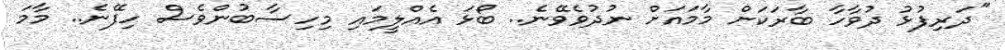
"ދަރިފުޅު ދުވާހާ ބާރަކަށް މާމައަށް ނުދުވެވޭނެ.. ބޯޅަ އެއްލީމައި މިހިސާބުންވެސް ހިފޭނެ.. މާމަ